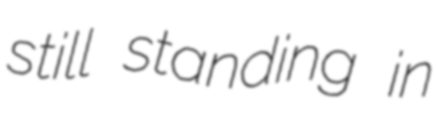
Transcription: still standing in